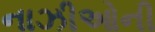
નાઝીઓની